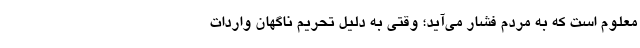
معلوم است که به مردم فشار می‌آید؛ وقتی به دلیل تحریم ناگهان واردات